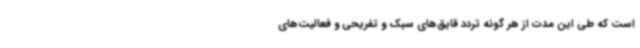
است که طی این مدت از هر گونه تردد قایق‌های سبک و تفریحی و فعالیت‌های